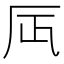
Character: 𠨷